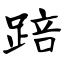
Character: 踣